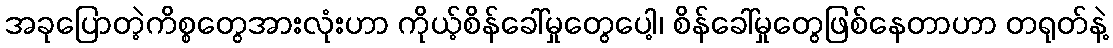
အခုပြောတဲ့ကိစ္စတွေအားလုံးဟာ ကိုယ့်စိန်ခေါ်မှုတွေပေါ့၊ စိန်ခေါ်မှုတွေဖြစ်နေတာဟာ တရုတ်နဲ့